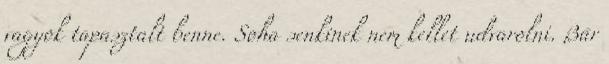
vagyok tapasztalt benne. Soha senkinek nem kellet udvarolni. Bár